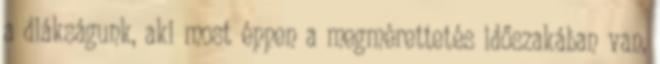
a diákságunk, aki most éppen a megmérettetés időszakában van,